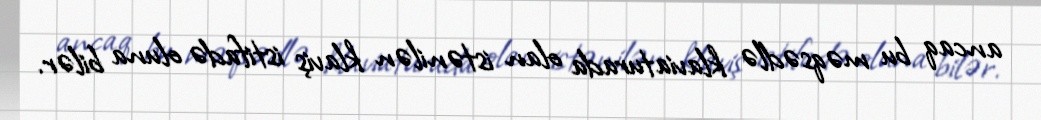
ancaq bu məqsədlə klaviaturada olan istənilən klaviş istifadə oluna bilər.